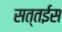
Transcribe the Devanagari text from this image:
सत्तईस